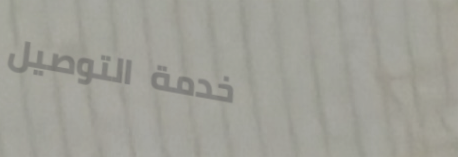
خدمة التوصيل